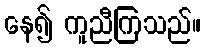
နေ၍ ကူညီကြသည်။